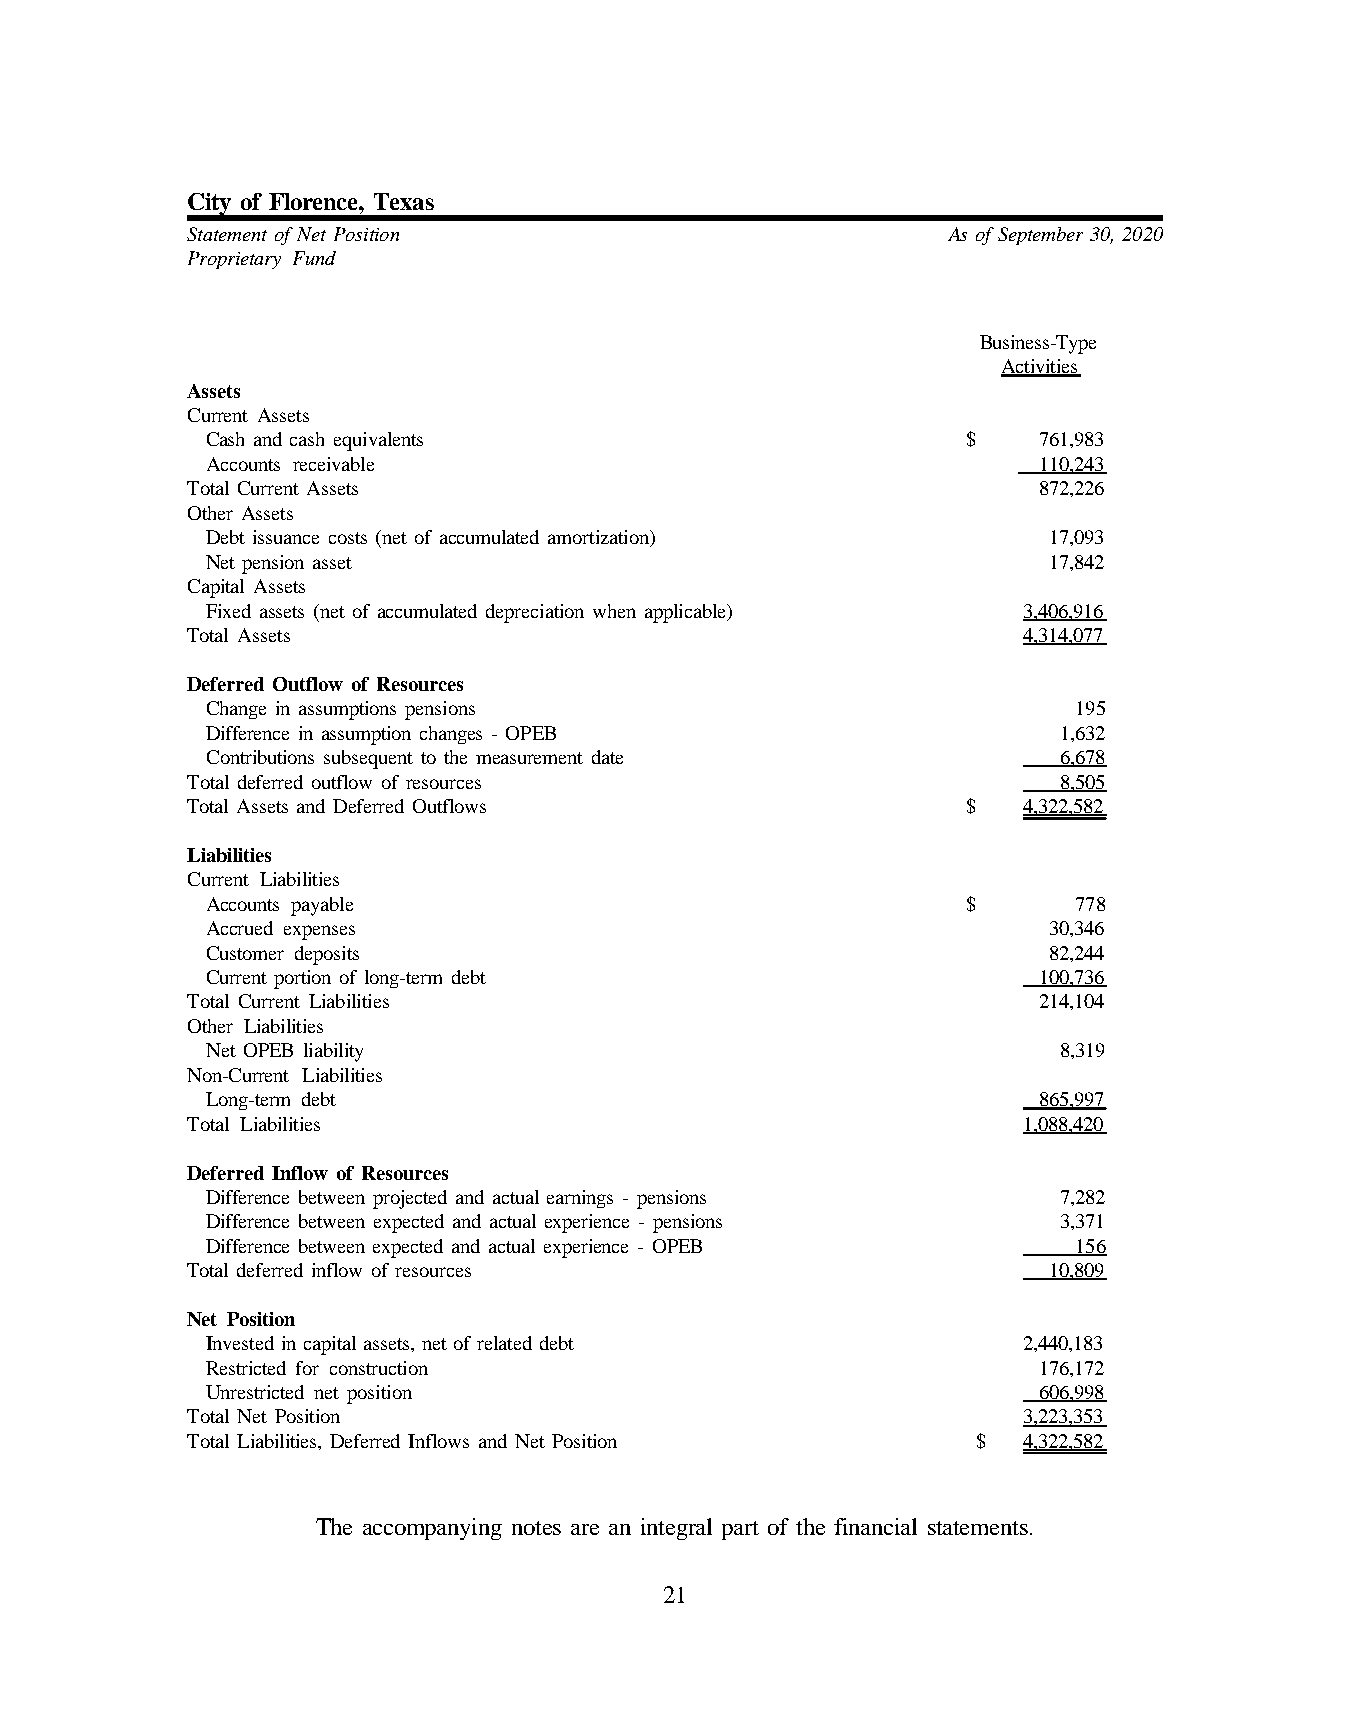
City of Florence, Texas
 Statement of Net Position                          As of September 30, 2020
 Proprietary Fund
 Business-Type
 Activities
 Assets
 Current Assets
 Cash and cash equivalents                         $    761,983
 Accounts receivable                                    110,243
 Total Current Assets                                     872,226
 Other Assets
 Debt issuance costs (net of accumulated amortization)  17,093
 Net pension asset                                      17,842
 Capital Assets
 Fixed assets (net of accumulated depreciation when applicable) 3,406,916
 Total Assets                                            4,314,077
 Deferred Outflow of Resources
 Change in assumptions pensions                           195
 Difference in assumption changes - OPEB                 1,632
 Contributions subsequent to the measurement date        6,678
 Total deferred outflow of resources                       8,505
 Total Assets and Deferred Outflows                  $   4,322,582
 Liabilities
 Current Liabilities
 Accounts payable                                  $      778
 Accrued expenses                                       30,346
 Customer deposits                                      82,244
 Current portion of long-term debt                      100,736
 Total Current Liabilities                                214,104
 Other Liabilities
 Net OPEB liability                                      8,319
 Non-Current Liabilities
 Long-term debt                                         865,997
 Total Liabilities                                       1,088,420
 Deferred Inflow of Resources
 Difference between projected and actual earnings - pensions 7,282
 Difference between expected and actual experience - pensions 3,371
 Difference between expected and actual experience - OPEB 156
 Total deferred inflow of resources                       10,809
 Net Position
 Invested in capital assets, net of related debt       2,440,183
 Restricted for construction                            176,172
 Unrestricted net position                              606,998
 Total Net Position                                      3,223,353
 Total Liabilities, Deferred Inflows and Net Position $  4,322,582
 The accompanying notes are an integral part of the financial statements.
 21